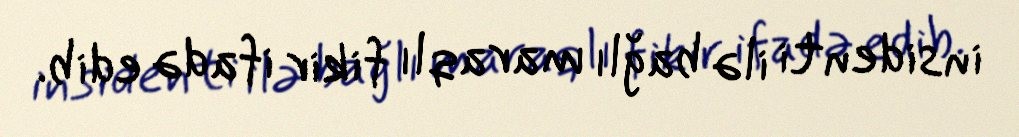
insidenti ilə bağlı maraqlı fikir ifadə edib.